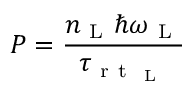
P = \frac { n _ { \mathrm { ~ L ~ } } \hbar \omega _ { \mathrm { ~ L ~ } } } { \tau _ { \mathrm { ~ r ~ t ~ } _ { \mathrm { ~ L ~ } } } }